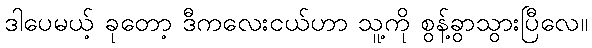
ဒါပေမယ့် ခုတော့ ဒီကလေးငယ်ဟာ သူ့ကို စွန့်ခွာသွားပြီလေ။